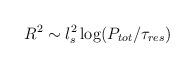
LaTeX: \begin{align*}R^2 \sim l_s^2 \log ( P_{tot}/\tau_{res} )\end{align*}